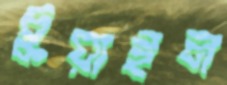
চুয়াইল